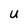
Character: U